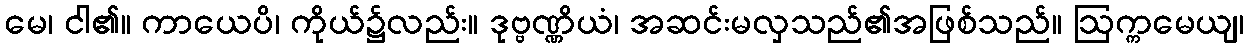
မေ၊ ငါ၏။ ကာယေပိ၊ ကိုယ်၌လည်း။ ဒုဗ္ဗဏ္ဏိယံ၊ အဆင်းမလှသည်၏အဖြစ်သည်။ ဩက္ကမေယျ၊